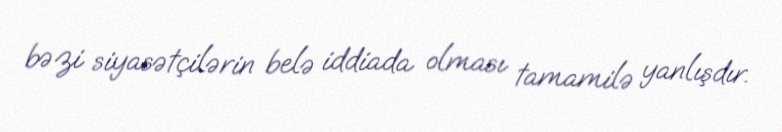
bəzi siyasətçilərin belə iddiada olması tamamilə yanlışdır.